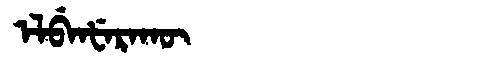
Manchu: ᡝᠯᠪᡝᠨᡶᡝᡵᠠᡴᡡ
Romanization: ELBENFERAKŪ